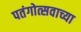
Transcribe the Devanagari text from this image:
पतंगोत्सवाच्या